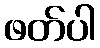
ဖတ်ပါ